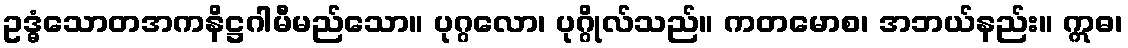
ဥဒ္ဓံသောတအကနိဋ္ဌဂါမီမည်သော။ ပုဂ္ဂလော၊ ပုဂ္ဂိုလ်သည်။ ကတမောစ၊ အဘယ်နည်း။ ဣဓ၊